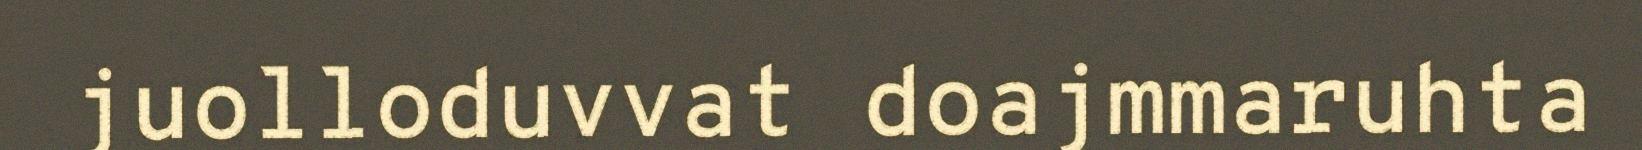
juolloduvvat doajmmaruhta